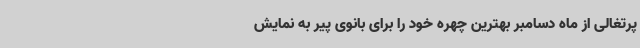
پرتغالی از ماه دسامبر بهترین چهره خود را برای بانوی پیر به نمایش